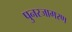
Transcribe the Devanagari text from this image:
पुनरजागरण